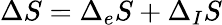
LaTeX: \Delta S=\Delta_{e}S+\Delta_{I}S